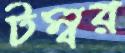
টম্বর